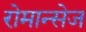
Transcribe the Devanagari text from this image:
रोमान्सेज